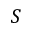
S